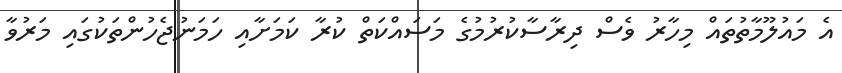
އެ މައުލޫމާތުތައް މިހާރު ވެސް ދިރާސާކުރުމުގެ މަސައްކަތް ކުރާ ކަމަށާއި ހަމަނުޖެހުންތަކުގައި މަރުވާ